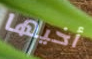
أخيها